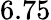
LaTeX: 6.75